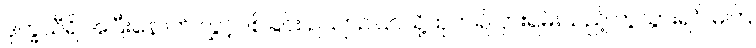
ဒုက္ခသီရိ အပြီးနောက် လွှင့်ပစ်ခြင်း ဥယျာဉ်ပြင်သို့ထုတ်၍ ငှားရမ်းသည့် ကွဲသွားရင် မကြ